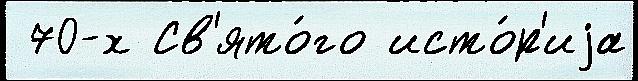
 70-х Св'ято́го исто́р'иjа